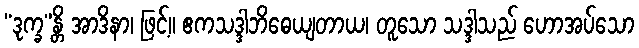
“ဒုက္ခ”န္တိ အာဒိနာ၊ ဖြင့်။ ဧကသဒ္ဒါဘိဓေယျတာယ၊ တူသော သဒ္ဒါသည် ဟောအပ်သော